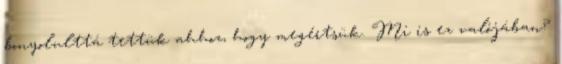
bonyolulttá tettük ahhoz, hogy megértsük. Mi is ez valójában?